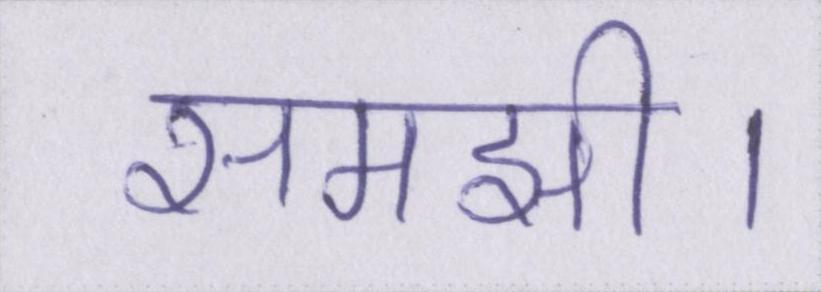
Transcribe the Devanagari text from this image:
समझी।